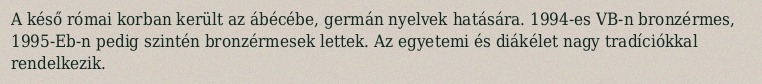
A késő római korban került az ábécébe, germán nyelvek hatására. 1994-es VB-n bronzérmes, 1995-Eb-n pedig szintén bronzérmesek lettek. Az egyetemi és diákélet nagy tradíciókkal rendelkezik.